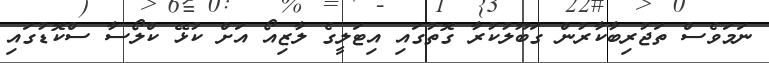
ނަމަވެސް ތަޖުރިބާކާރުން ގަބޫލުކުރާ ގޮތުގައި އިޓަލީގެ ލާޒިއޯ އަށް ކުޅޭ ކްލޯސާ ސްކޮޑުގައި